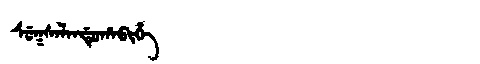
Manchu: ᠰᡠᡴᠰᠠᠯᠠᠨᡩᡠᡥᠠᠪᡳᡥᡝ
Romanization: SUKSALANDUHABIHE